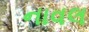
નાવલ